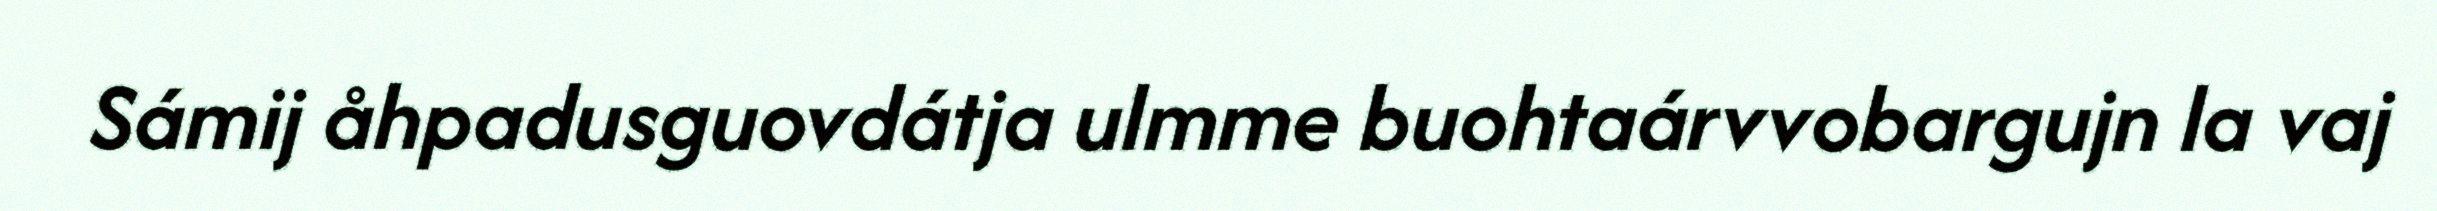
Sámij åhpadusguovdátja ulmme buohtaárvvobargujn la vaj